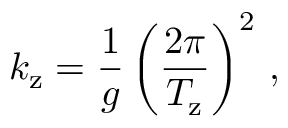
k _ { \mathrm { z } } = \frac { 1 } { g } \left( \frac { 2 \pi } { T _ { \mathrm { z } } } \right) ^ { 2 } \, ,